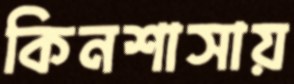
কিনশাসায়